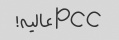
pcc عالیه!